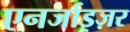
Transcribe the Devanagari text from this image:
एनर्जाइज़र